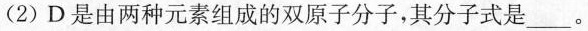
(2)D是由两种元素组成的双原子分子，其分子式是___。